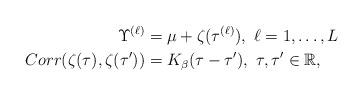
LaTeX: \begin{align*}\Upsilon^{(\ell)}&=\mu+\zeta(\tau^{(\ell)}), ~\ell=1,\dots, L\\Corr(\zeta(\tau),\zeta(\tau'))&=K_\beta(\tau-\tau'),~ \tau,\tau' \in \mathbb R,\end{align*}